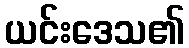
ယင်းဒေသ၏